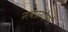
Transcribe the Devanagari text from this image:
नवप्रयोगों